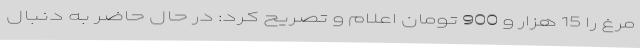
مرغ را 15 هزار و 900 تومان اعلام و تصریح کرد: در حال حاضر به دنبال